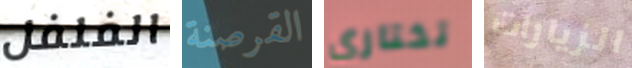
الفلفل القرصنة تختاري الزيارات